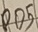
Text: PO5